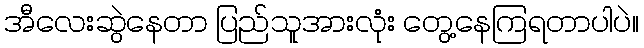
အီလေးဆွဲနေတာ ပြည်သူအားလုံး တွေ့နေကြရတာပါပဲ။